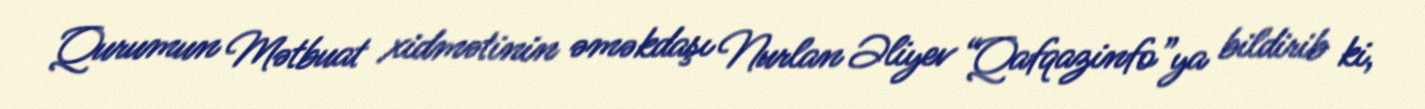
Qurumun Mətbuat xidmətinin əməkdaşı Nurlan Əliyev “Qafqazinfo”ya bildirib ki,